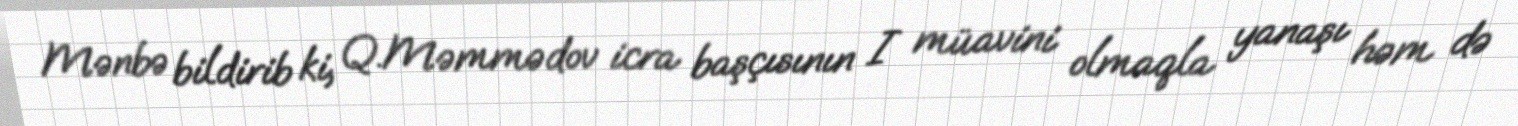
Mənbə bildirib ki, Q.Məmmədov icra başçısının I müavini olmaqla yanaşı həm də